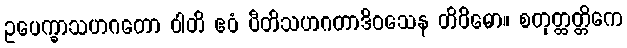
ဥပေက္ခာသဟဂတော ဝါတိ ဧဝံ ပီတိသဟဂတာဒိဝသေန တိဝိဓော။ စတုတ္ထတ္တိကေ